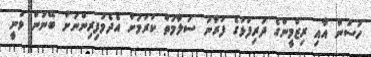
ހަސަން އާއި ރިޒްމީންގެ ދަރިފުޅުގެ ފުރާނަ ސަލާމަތް ކުރުމަށް އެދެމަފިރިންނަށް ބޭނުން ވަނީ